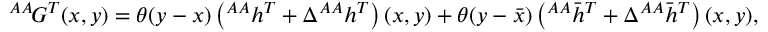
{ ^ { A A } \! G ^ { T } } ( x , y ) = \theta ( y - x ) \left( { ^ { A A } h ^ { T } } + \Delta { ^ { A A } h ^ { T } } \right) ( x , y ) + \theta ( y - \bar { x } ) \left( { ^ { A A } \bar { h } ^ { T } } + \Delta { ^ { A A } \bar { h } ^ { T } } \right) ( x , y ) ,